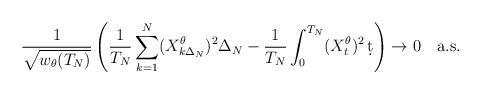
LaTeX: \begin{align*}\frac{1}{\sqrt{w_\theta(T_N)}}\left(\frac{1}{T_N}\sum_{k=1}^N (X^\theta_{k\Delta_N})^2\Delta_N - \frac{1}{T_N}\int_0^{T_N} (X^\theta_t)^2\, \d t\right) \to 0 \quad\mbox{a.s.}\end{align*}